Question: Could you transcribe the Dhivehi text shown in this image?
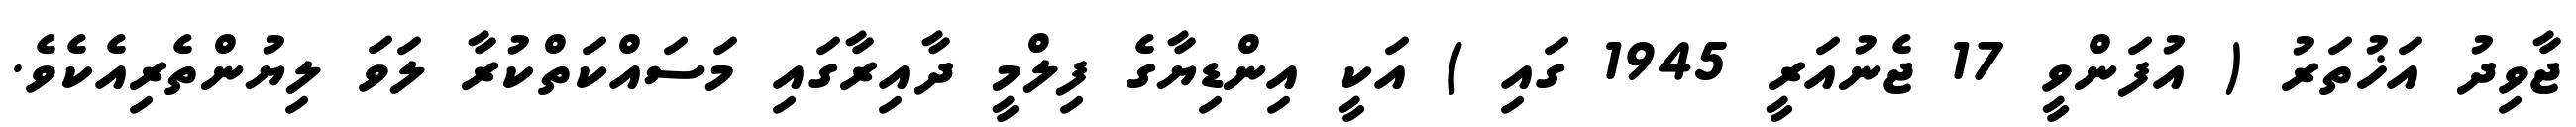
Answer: ޖާވިދު އަޚުތަރު ( އުފަންވީ 17 ޖެނުއަރީ 1945 ގައި ) އަކީ އިންޑިޔާގެ ފިލްމީ ދާއިރާގައި މަސައްކަތްކުރާ ލަވަ ލިޔުންތެރިއެކެވެ.